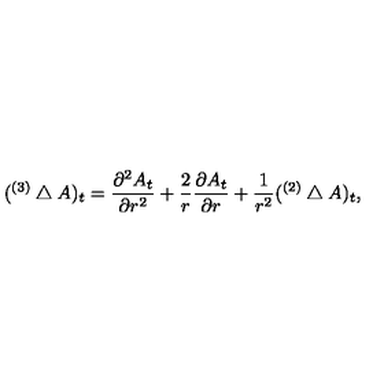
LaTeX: ( { } ^ { ( 3 ) } \bigtriangleup A ) _ { t } = { \frac { \partial ^ { 2 } A _ { t } } { \partial r ^ { 2 } } } + { \frac { 2 } { r } } { \frac { \partial A _ { t } } { \partial r } } + { \frac { 1 } { r ^ { 2 } } } ( { } ^ { ( 2 ) } \bigtriangleup A ) _ { t } ,